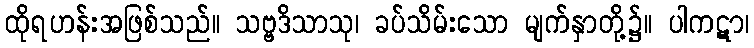
ထိုရဟန်းအဖြစ်သည်။ သဗ္ဗဒိသာသု၊ ခပ်သိမ်းသော မျက်နှာတို့၌။ ပါကဋာ၊